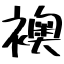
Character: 襖